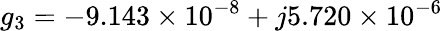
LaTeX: g_{3}=-9.143\times 10^{-8}+j5.720\times 10^{-6}